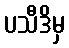
ပသီဒိမှ